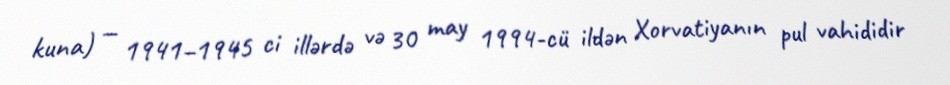
kuna) — 1941–1945 ci illərdə və 30 may 1994-cü ildən Xorvatiyanın pul vahididir